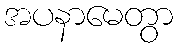
အပနာမေတွာ